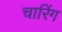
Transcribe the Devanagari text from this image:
चारिंग